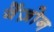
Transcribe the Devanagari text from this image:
बेंज़ोन